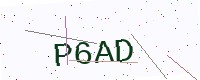
Text: P6AD